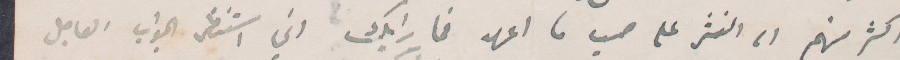
اكثر منهم الى النثر على حسب ما اعهد فما رايك اني استنظر الحواب العاجل